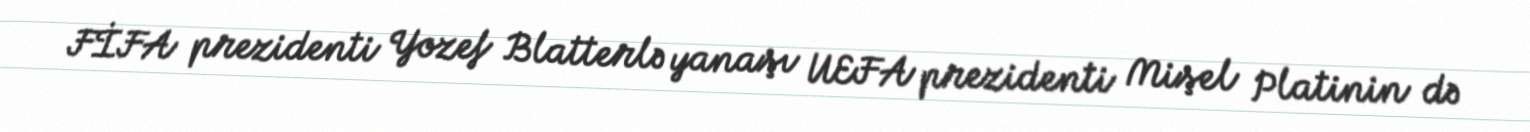
FİFA prezidenti Yozef Blatterlə yanaşı UEFA prezidenti Mişel Platinin də